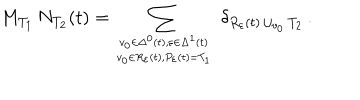
M _ { T _ { 1 } } \, N _ { T _ { 2 } } ( t ) = \sum _ { { v _ { 0 } \in \Delta ^ { 0 } ( t ) , \varepsilon \in \Delta ^ { 1 } ( t ) \atop v _ { 0 } \in R _ { \varepsilon } ( t ) , P _ { \varepsilon } ( t ) = T _ { 1 } } } \ \delta _ { R _ { \varepsilon } ( t ) \, \cup _ { v _ { 0 } } \, T _ { 2 } } \, .